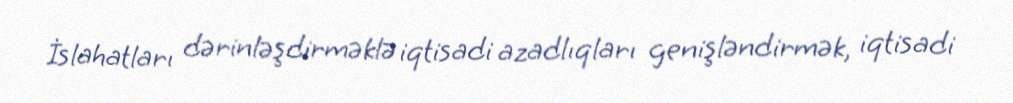
İslahatları dərinləşdirməklə iqtisadi azadlıqları genişləndirmək, iqtisadi